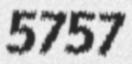
5757